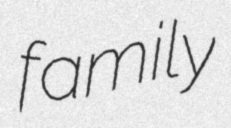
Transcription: family